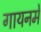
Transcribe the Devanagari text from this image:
गायनमे